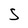
Character: S